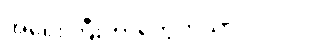
အရေးကြီးတာတွေကိုသာ လုပ်ပါ။